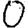
Digit: 0